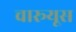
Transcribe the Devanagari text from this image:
चारूयूस